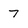
Character: 7